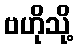
ဗဟိုသို့